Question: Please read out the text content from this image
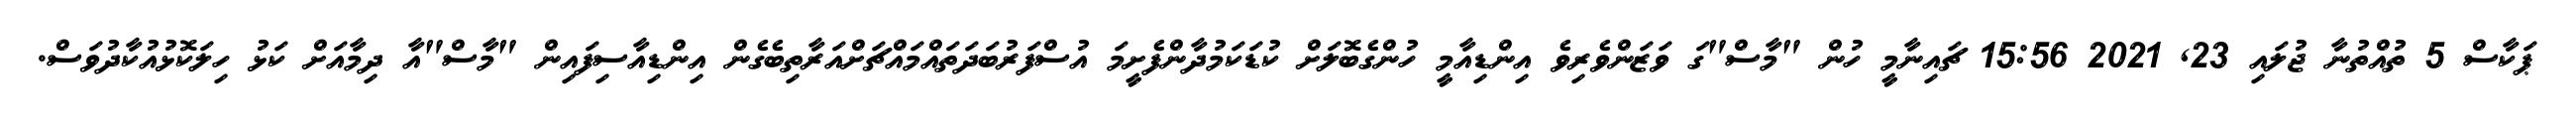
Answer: ޕަކާސް 5 ތުއްތުނާ ޖުލައި 23, 2021 15:56 ޗައިނާމީ ހުން "މާސް"ގަ ވަޒަންވެރިވެ އިންޑިއާމީ ހުންގެބޮލަށް ކުޑަކަމުދާންފެށީމަ އުސްފަރުބަދަތައްމައްޗަށްއަރާތިބެގެން އިންޑިއާސިފައިން "މާސް"އާ ދިމާއަށް ކަޅު ހިލަކޮޅުއުކާދުވަސް.